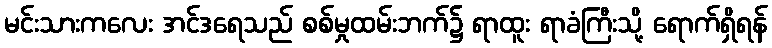
မင်းသားကလေး အင်ဒရေသည် စစ်မှုထမ်းဘက်၌ ရာထူး ရာခံကြီးသို့ ရောက်ရှိရန်